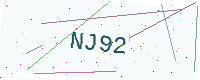
Text: NJ92